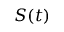
S ( t )